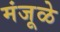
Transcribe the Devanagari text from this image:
मंजूळे